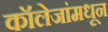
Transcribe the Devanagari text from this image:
कॉलेजांमधून